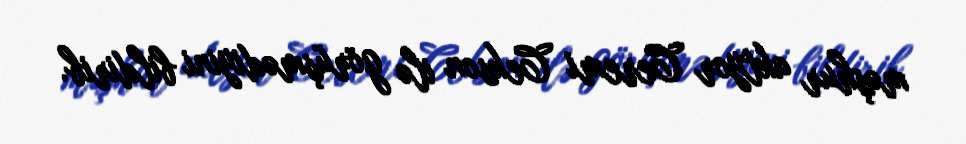
məşhur aktyor Ceremi Cekson ilə görüşmədiyini bildirib.